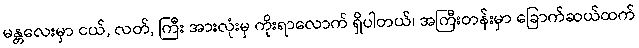
မန္တလေးမှာ ငယ်, လတ်, ကြီး အားလုံးမှ ကိုးရာလောက် ရှိပါတယ်၊ အကြီးတန်းမှာ ခြောက်ဆယ်ထက်